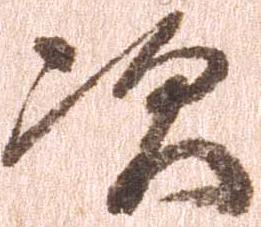
次